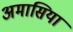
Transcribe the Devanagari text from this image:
अमासिया